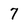
Character: 7